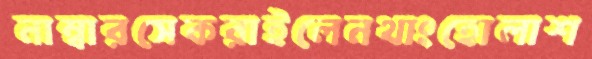
নাম্বারসেকরাইলেনথাংহোলাশ